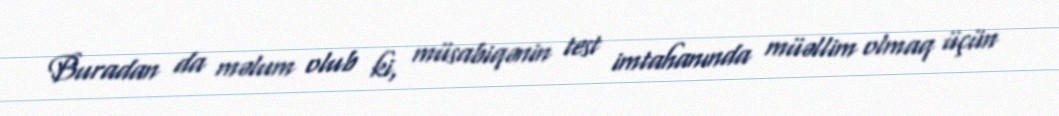
Buradan da məlum olub ki, müsabiqənin test imtahanında müəllim olmaq üçün